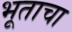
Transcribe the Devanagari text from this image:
भूताचा